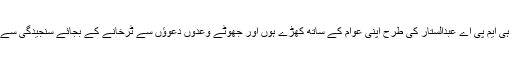
اس وقت منہ چھپانے سے بہتر ہے کہ آج ہی ایم پی اے عبدالستار کی طرح اپنی عوام کے ساتھ کھڑے ہوں اور جھوٹے وعدوں دعوؤں سے ٹرخانے کے بجائے سنجیدگی سے عوامی مطالبات پر عملدرآمد یقینی بنائیں۔